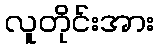
လူတိုင်းအား